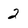
Character: 2